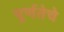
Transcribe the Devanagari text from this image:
पूर्णतेचे